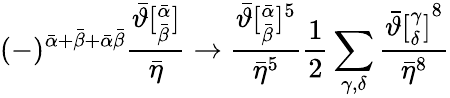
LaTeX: (-)^{{\bar{\alpha}}+{\bar{\beta}}+\bar{\alpha}\bar{\beta}}\frac{{\bar{\vartheta}}[_{\bar{\beta}}^{\bar{\alpha}}]}{{\bar{\eta}}}\rightarrow\frac{{\bar{\vartheta}}[_{\bar{\beta}}^{\bar{\alpha}}]^{5}}{{\bar{\eta}}^{5}}{\frac{1}{2}}\sum_{\gamma,\delta}\frac{{\bar{\vartheta}[_{\delta}^{\gamma}]}^{8}}{{\bar{\eta}}^{8}}